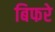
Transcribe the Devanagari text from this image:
बिफरे